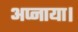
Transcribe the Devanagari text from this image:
अप्नाया।